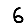
Digit: 6